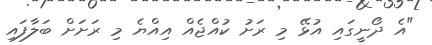
"އެ ދޯނީގައި އުޅޭ މި ރަށު ކުއްޖެއް އިއްޔެ މި ރަށަށް ބަލާފައި